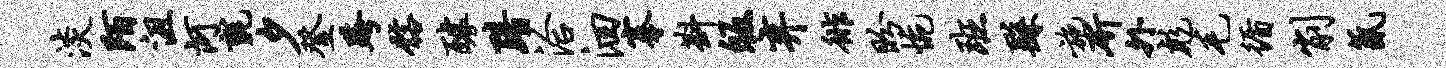
淡陌沮河毡夕登跨髂醵黯洽洄搴斟皈弃徘盼惋班繇施斫外彪毛循削氤